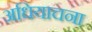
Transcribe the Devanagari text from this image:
अधियाचना